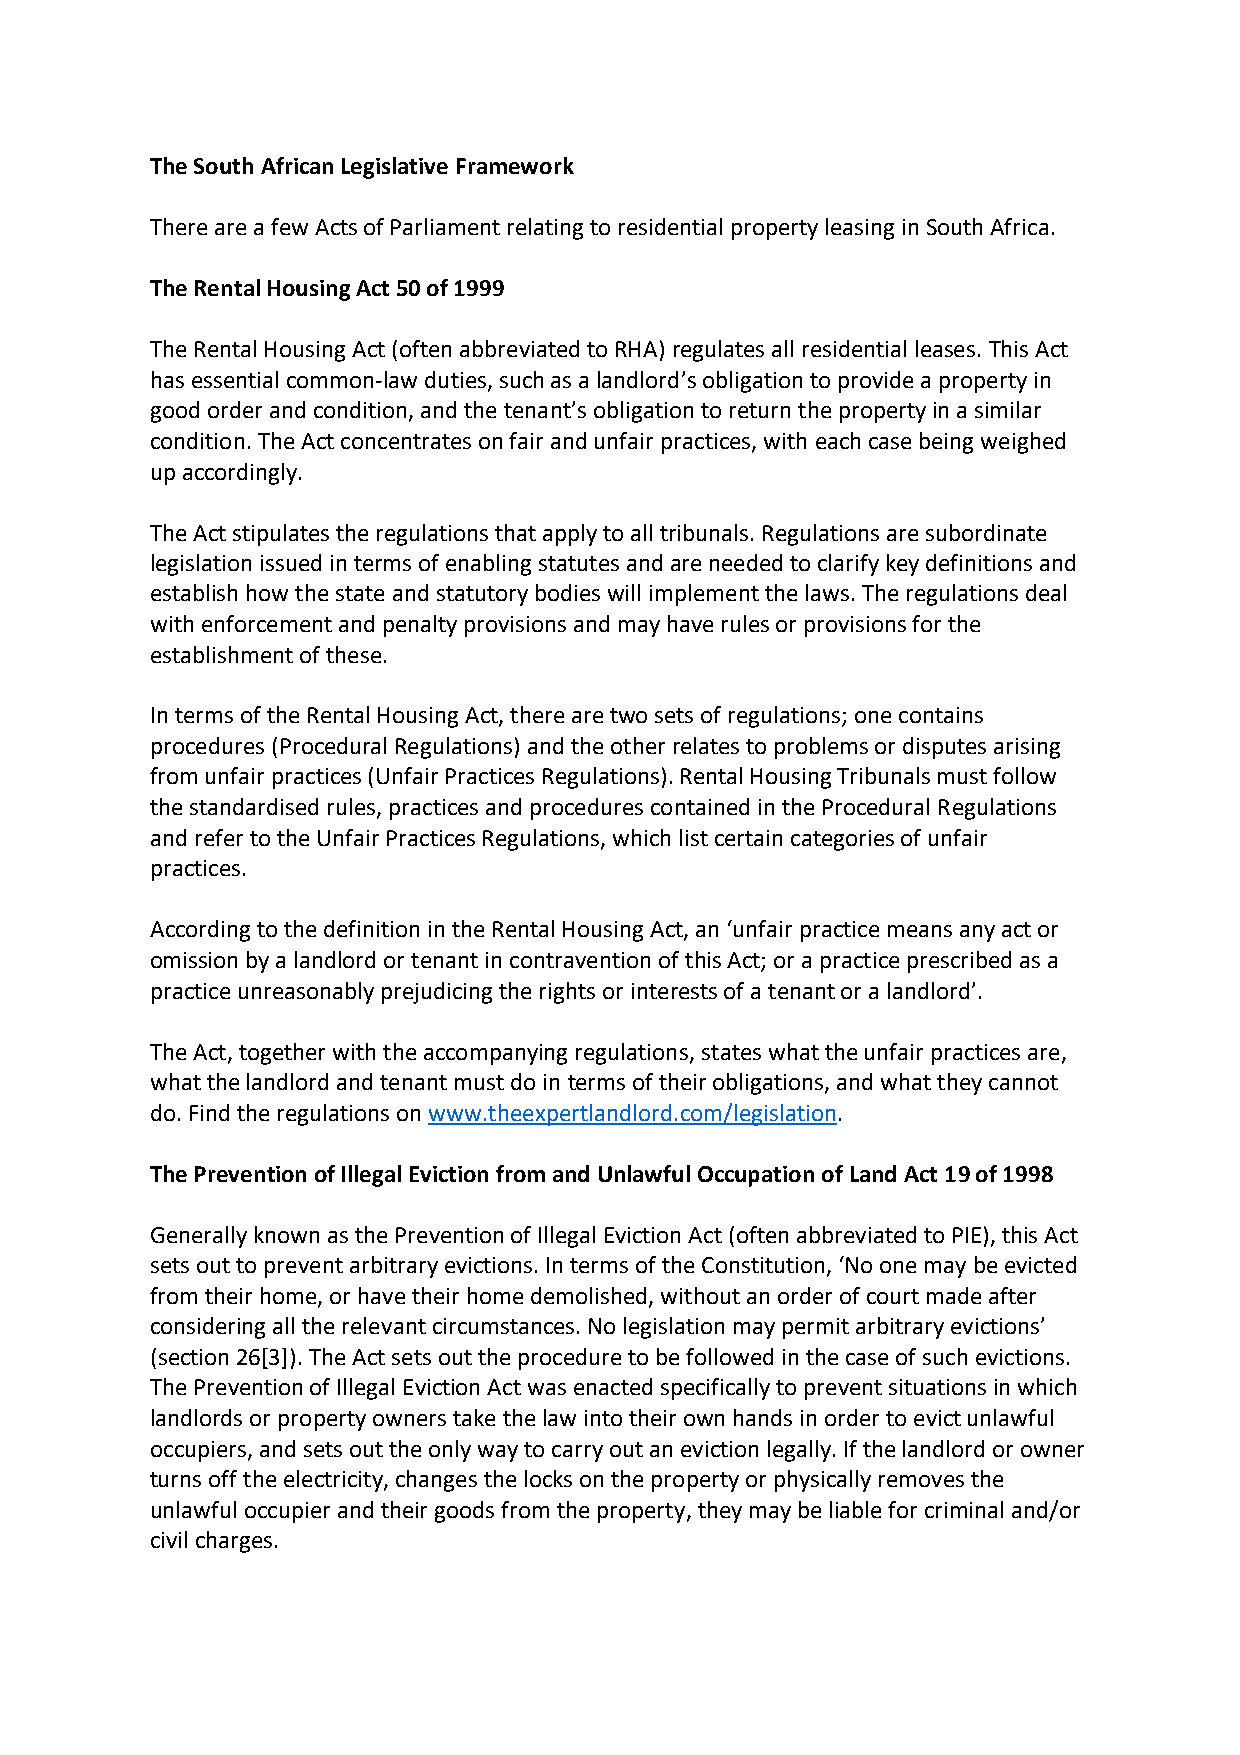
The South African Legislative Framework
 There are a few Acts of Parliament relating to residential property leasing in South Africa.
 The Rental Housing Act 50 of 1999
 The Rental Housing Act (often abbreviated to RHA) regulates all residential leases. This Act
 has essential common-law duties, such as a landlord’s obligation to provide a property in
 good order and condition, and the tenant’s obligation to return the property in a similar
 condition. The Act concentrates on fair and unfair practices, with each case being weighed
 up accordingly.
 The Act stipulates the regulations that apply to all tribunals. Regulations are subordinate
 legislation issued in terms of enabling statutes and are needed to clarify key definitions and
 establish how the state and statutory bodies will implement the laws. The regulations deal
 with enforcement and penalty provisions and may have rules or provisions for the
 establishment of these.
 In terms of the Rental Housing Act, there are two sets of regulations; one contains
 procedures (Procedural Regulations) and the other relates to problems or disputes arising
 from unfair practices (Unfair Practices Regulations). Rental Housing Tribunals must follow
 the standardised rules, practices and procedures contained in the Procedural Regulations
 and refer to the Unfair Practices Regulations, which list certain categories of unfair
 practices.
 According to the definition in the Rental Housing Act, an ‘unfair practice means any act or
 omission by a landlord or tenant in contravention of this Act; or a practice prescribed as a
 practice unreasonably prejudicing the rights or interests of a tenant or a landlord’.
 The Act, together with the accompanying regulations, states what the unfair practices are,
 what the landlord and tenant must do in terms of their obligations, and what they cannot
 do. Find the regulations on www.theexpertlandlord.com/legislation.
 The Prevention of Illegal Eviction from and Unlawful Occupation of Land Act 19 of 1998
 Generally known as the Prevention of Illegal Eviction Act (often abbreviated to PIE), this Act
 sets out to prevent arbitrary evictions. In terms of the Constitution, ‘No one may be evicted
 from their home, or have their home demolished, without an order of court made after
 considering all the relevant circumstances. No legislation may permit arbitrary evictions’
 (section 26[3]). The Act sets out the procedure to be followed in the case of such evictions.
 The Prevention of Illegal Eviction Act was enacted specifically to prevent situations in which
 landlords or property owners take the law into their own hands in order to evict unlawful
 occupiers, and sets out the only way to carry out an eviction legally. If the landlord or owner
 turns off the electricity, changes the locks on the property or physically removes the
 unlawful occupier and their goods from the property, they may be liable for criminal and/or
 civil charges.